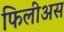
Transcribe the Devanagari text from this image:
फिलीअस